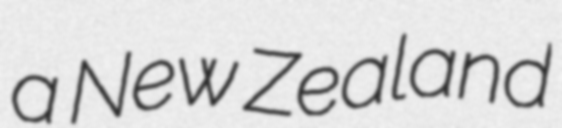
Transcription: a New Zealand